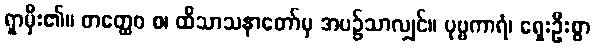
ရှာမှီး၏။ တတ္ထေဝ စ၊ ထိသာသနာတော်မှ အပ၌သာလျှင်။ ပုဗ္ဗကာရံ၊ ရှေးဦးစွာ